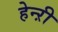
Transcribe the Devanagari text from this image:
हेन्ऱी